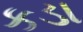
કડા